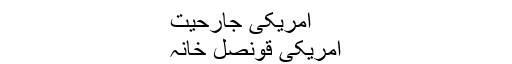
امریکی جارحیت
امریکی قونصل خانہ